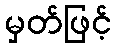
မှတ်ဖြင့်